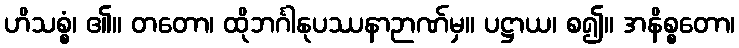
ဟိသစ္စံ၊ ၏။ တတော၊ ထိုဘင်္ဂါနုပဿနာဉာဏ်မှ။ ပဋ္ဌာယ၊ စ၍။ အနိစ္စတော၊